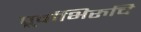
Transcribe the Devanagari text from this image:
पूर्वाभिरुचि